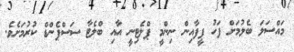
މައްސަލަ ބެލުމަށް ފަހު ފީފާއިން ނިންމީ ޕްލެޓިނީ އާއި ބްލެޓާ ސަސްޕެންޑް ކުރުމަށެވެ.